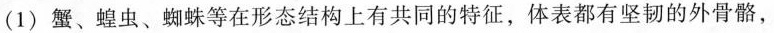
(1)蟹、蝗虫、蜘蛛等在形态结构上有共同的特征，体表都有坚韧的外骨骼，